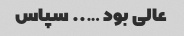
عالی بود ….. سپاس